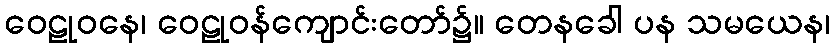
ဝေဠုဝနေ၊ ဝေဠုဝန်ကျောင်းတော်၌။ တေနခေါ ပန သမယေန၊